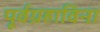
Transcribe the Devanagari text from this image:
पूर्वग्रहाविना